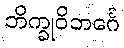
ဘိက္ခုဝိဘင်္ဂေ